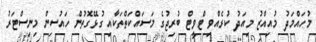
މުހައްމަދު މުއިއްޒު މިއަދު ކުރެއްވި ޓްވީޓް ބުރިޖުގެ މަސައްކަތްތަކާއި ގުޅޭގޮތުން ހައުސިން މިނިސްޓަރު